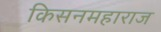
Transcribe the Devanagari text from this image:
किसनमहाराज